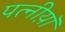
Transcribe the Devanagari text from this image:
पत्नीय़ॉ